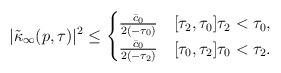
\begin{align*} |\tilde \kappa_{\infty}(p,\tau)|^2\leq \begin{cases} \frac{\bar c_0}{2 (-\tau_0)} & [\tau_2,\tau_0] \tau_2<\tau_0,\\ \frac{\bar c_0}{2 (-\tau_2)} & [\tau_0,\tau_2] \tau_0<\tau_2.\\ \end{cases} \end{align*}